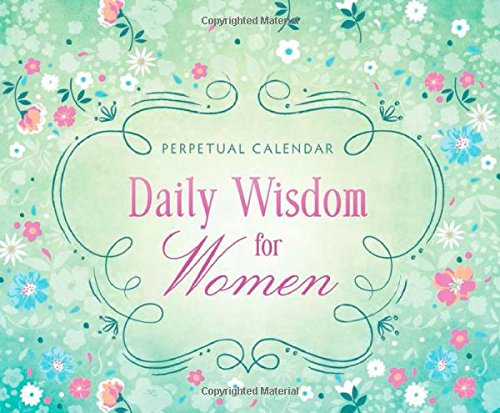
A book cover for Daily Wisdom for Women Perpetual Calendar: 365 Days of Inspiration and Encouragement; Compiled by Barbour Staff; Calendars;